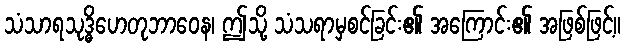
သံသာရသုဒ္ဓိဟေတုဘာဝေန၊ ဤသို့ သံသရာမှစင်ခြင်း၏ အကြောင်း၏ အဖြစ်ဖြင့်။